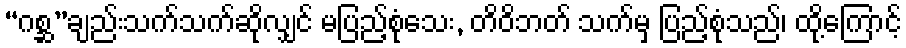
“ဂစ္ဆ”ချည်းသက်သက်ဆိုလျှင် မပြည့်စုံသေး, တိဝိဘတ် သက်မှ ပြည့်စုံသည်၊ ထို့ကြောင့်